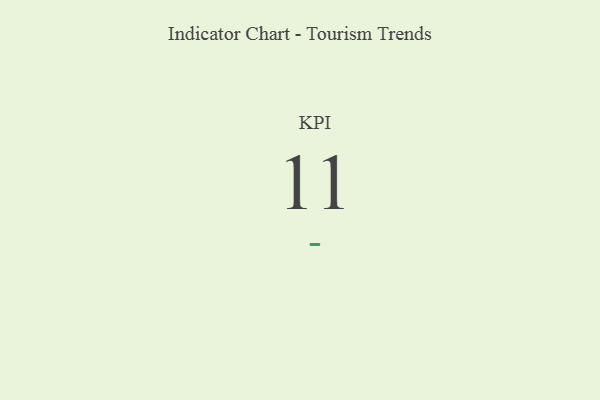
{"axis": {"x": "KPI", "y": "Value"}, "legend": [""], "data": [{"x": "KPI", "y": 11, "type": ""}]}